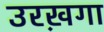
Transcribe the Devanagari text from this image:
उरख़गा